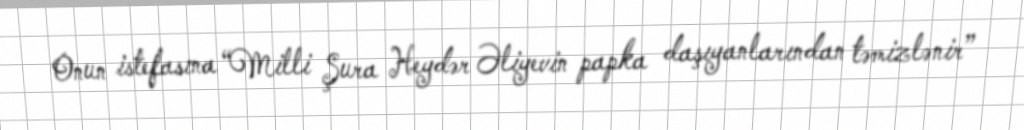
Onun istefasına “Milli Şura Heydər Əliyevin papka daşıyanlarından təmizlənir”